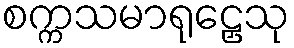
စက္ကသမာရုဠှေသု